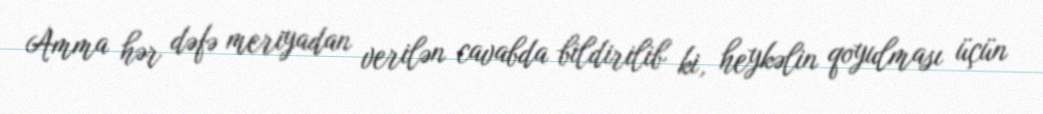
Amma hər dəfə meriyadan verilən cavabda bildirilib ki, heykəlin qoyulması üçün